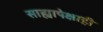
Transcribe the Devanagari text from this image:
साह्यापेक्षाही